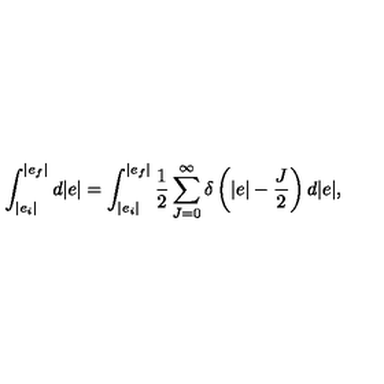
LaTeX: \int _ { | e _ { i } | } ^ { | e _ { f } | } d | e | = \int _ { | e _ { i } | } ^ { | e _ { f } | } \frac { 1 } { 2 } \sum _ { J = 0 } ^ { \infty } \delta \left( | e | - \frac { J } { 2 } \right) d | e | ,